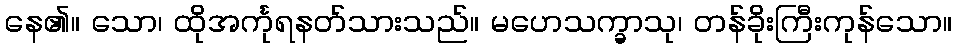
နေ၏။ သော၊ ထိုအင်္ကုရနတ်သားသည်။ မဟေသက္ခာသု၊ တန်ခိုးကြီးကုန်သော။